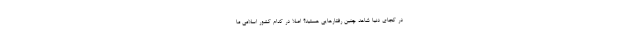
در کجای دنیا شاهد چنین رفتارهایی هستید؟ اصلا در کدام کشور اسلامی ما